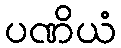
ပဏိယံ